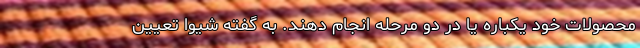
محصولات خود یکباره یا در دو مرحله انجام دهند. به گفته شیوا تعیین